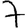
Digit: 7